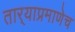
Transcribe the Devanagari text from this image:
तार्‍याप्रमाणेच